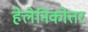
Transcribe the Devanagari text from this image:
हेलेनिकोत्तर